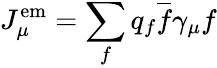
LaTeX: J_{\mu}^{\mathrm{em}}=\sum_{f}q_{f}{\overline{{f}}}\gamma_{\mu}f